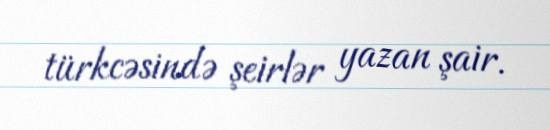
türkcəsində şeirlər yazan şair.